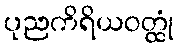
ပုညကိရိယဝတ္ထုံ